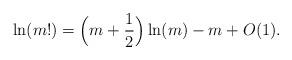
LaTeX: \begin{align*}\ln(m!)=\Big(m+\frac{1}{2}\Big) \ln(m) - m + O(1).\end{align*}